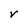
Character: v